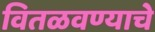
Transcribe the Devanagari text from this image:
वितळवण्याचे